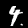
Label: 4